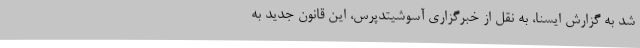
شد به گزارش ایسنا، به نقل از خبرگزاری آسوشیتدپرس، این قانون جدید به